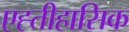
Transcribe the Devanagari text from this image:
एह्तीहासिक